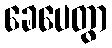
ခေပေတွာ